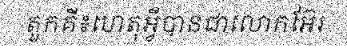
តួកគី៖ហេតុអ្វីបានជាលោកអ៊ែរ